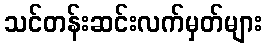
သင်တန်းဆင်းလက်မှတ်များ